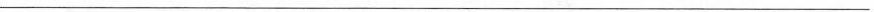
___